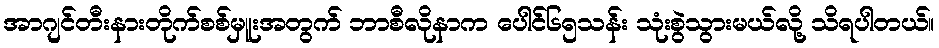
အာဂျင်တီးနားတိုက်စစ်မှူးအတွက် ဘာစီလိုနာက ပေါင်၆၅သန်း သုံးစွဲသွားမယ်လို့ သိရပါတယ်။